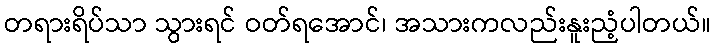
တရားရိပ်သာ သွားရင် ဝတ်ရအောင်၊ အသားကလည်းနူးညံ့ပါတယ်။